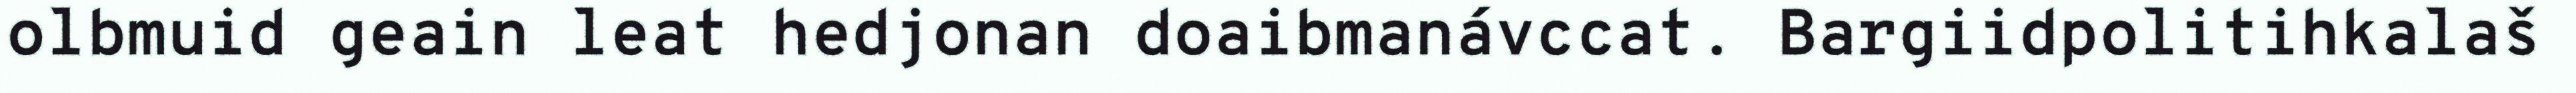
olbmuid geain leat hedjonan doaibmanávccat. Bargiidpolitihkalaš